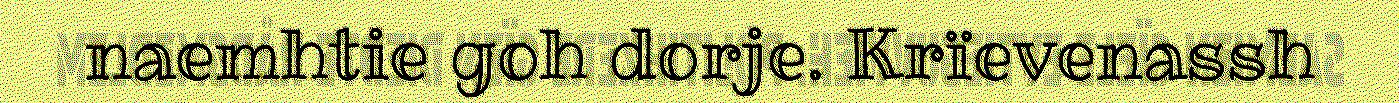
naemhtie goh dorje. Krïevenassh